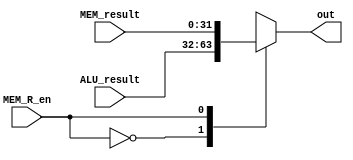
module WriteBackStage(
    ALU_result,
    MEM_result,
    MEM_R_en,
    out
);

	input  [31:0]ALU_result;
	input  [31:0]MEM_result;
	input  MEM_R_en;
	output [31:0]out;
	reg	   [31:0]out;
	
	always @(MEM_R_en, ALU_result, MEM_result) 
		case (MEM_R_en)
			1'b0  : out = ALU_result;
			1'b1  : out = MEM_result;			
		endcase
			
endmodule